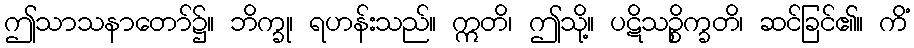
ဤသာသနာတော်၌။ ဘိက္ခု၊ ရဟန်းသည်။ ဣတိ၊ ဤသို့။ ပဋိသဉ္စိက္ခတိ၊ ဆင်ခြင်၏။ ကိံ